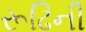
રૂઢિની